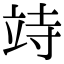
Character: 𥩳